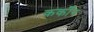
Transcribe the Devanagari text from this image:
कर्कोर